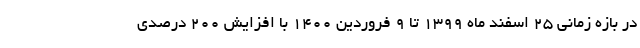
در بازه زمانی ۲۵ اسفند ماه ۱۳۹۹ تا ۹ فروردین ۱۴۰۰ با افزایش ۲۰۰ درصدی